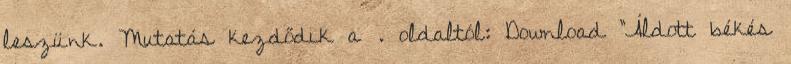
leszünk. Mutatás kezdődik a . oldaltól: Download "Áldott békés